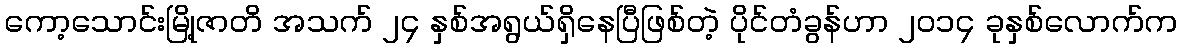
ကော့သောင်းမြို့ဇာတိ အသက် ၂၄ နှစ်အရွယ်ရှိနေပြီဖြစ်တဲ့ ပိုင်တံခွန်ဟာ ၂၀၁၄ ခုနှစ်လောက်က